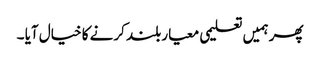
پھر ہمیں تعلیمی معیار بلند کرنے کا خیال آیا ۔